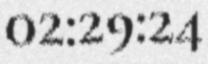
02:29:24